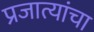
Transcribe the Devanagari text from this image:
प्रजात्यांचा